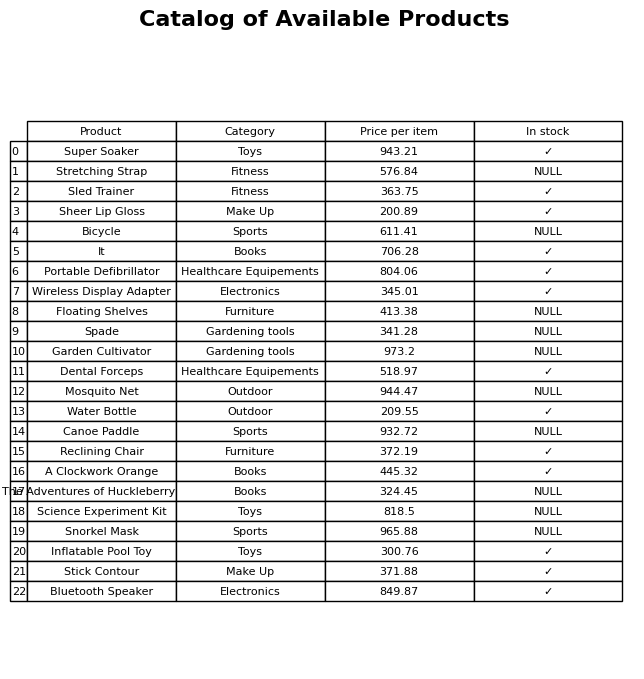
question: What is the price of the Stick Contour?
answer: The price of Stick Contour is 371.88.